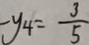
- y _ { 4 } = \frac { 3 } { 5 }